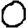
Digit: 0